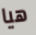
هيا